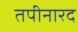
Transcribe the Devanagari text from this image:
तपीनारद